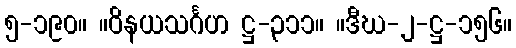
၅-၁၉၀။ ။ဝိနယသင်္ဂဟ ဋ္ဌ-၃၁၁။ ။ဒီဃ-၂-ဋ္ဌ-၁၅၆။